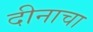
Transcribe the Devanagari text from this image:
दीनाचा